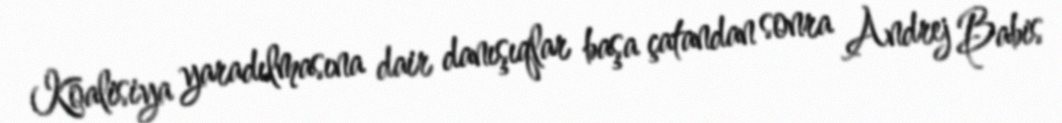
Koalisiya yaradılmasına dair danışıqlar başa çatandan sonra Andrej Babis